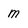
Character: m